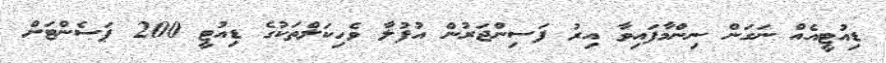
ޑިއުޓީއެއް ނަގަން ނިންމާފައިވާ އިރު ފަސިންޖަރުން އުފުލާ ވެހިކަލްތަކުގެ ޑިއުޓީ 200 ޕަސެންޓަށް